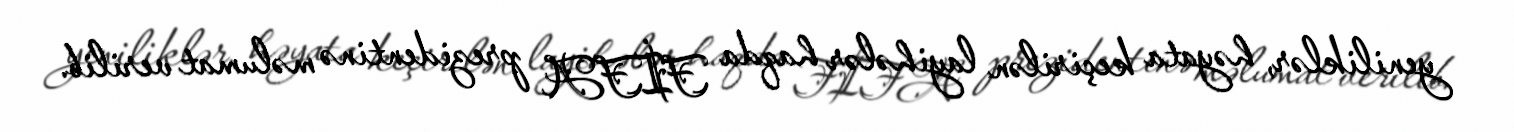
yeniliklər, həyata keçirilən layihələr haqda FİFA prezidentinə məlumat verilib.